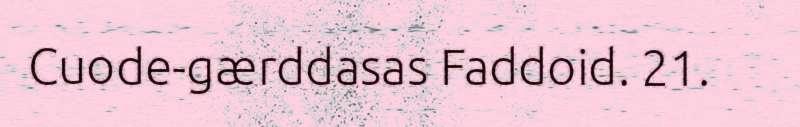
Cuode-gærddasas Faddoid. 21.